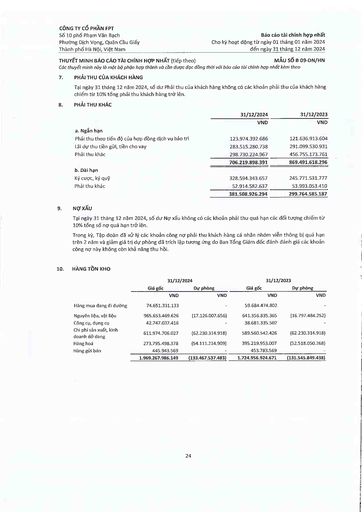
||31/12/2024|31/12/2023| |---|---|---| ||VND|VND| |a. Ngắn hạn||| |Phải thu theo tiến độ của hợp đồng dịch vụ bảo trì|123.974.392.686|121.636.913.604| |Lãi dự thu tiền gửi, tiền cho vay|283.515.280.738|291.099.530.931| |Phải thu khác|298.730.224.967|456.755.173.761| ||706.219.898.391|869.491.618.296| |b. Dài hạn||| |Ký cược, ký quỹ|328.594.343.657|245.771.531.777| |Phải thu khác|52.914.582.637|53.993.053.410| ||381.508.926.294|299.764.585.187| ||31/12/2024||31/12/2023|| |---|---|---|---|---| ||Giá gốc|Dự phòng|Giá gốc|Dự phòng| ||VND|VND|VND|VND| |Hàng mua đang đi đường|74.651.331.133|-|59.684.474.802|-| |Nguyên liệu, vật liệu|965.653.469.626|(17.126.007.656)|641.356.835.365|(16.797.484.252)| |Công cụ, dụng cụ|42.747.037.416||38.681.335.502|-| |Chi phí sản xuất, kinh doanh dở dang|611.974.706.027|(62.230.314.918)|589.560.542.426|(62.230.314.918)| |Hàng hóa|273.795.498.378|(54.111.214.909)|395.219.953.007|(52.518.050.268)| |Hàng gửi bán|445.943.569|-|453.783.569|-| ||1.969.267.986.149|(133.467.537.483)|1.724.956.924.671|(131.545.849.438)|